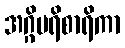
အဂ္ဂိပရိစာရိကာ